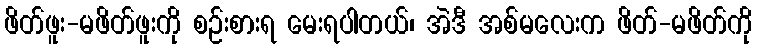
ဖိတ်ဖူး-မဖိတ်ဖူးကို စဉ်းစားရ မေးရပါတယ်၊ အဲဒီ အစ်မလေးက ဖိတ်-မဖိတ်ကို